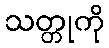
သတ္တုကို